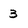
Character: 3